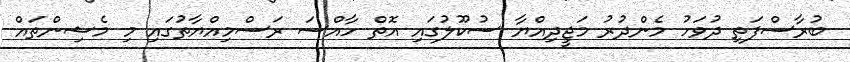
ބުރާސްފަތި ދުވަހު މެންދުރު މަޖީދިއްޔާ ސުކޫލުގައި އޮތް ހާއްސަ ރަސްމިއްޔާތުގައި މި މެޝިންތައް